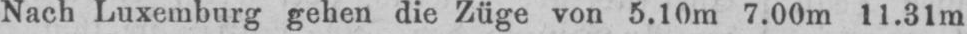
Nach Luxemburg gehen die Züge von 5.10m 7.00m 11.31m